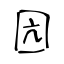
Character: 囥